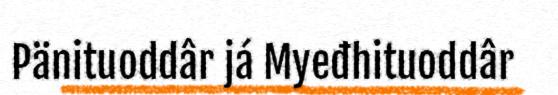
Pänituoddâr já Myeđhituoddâr